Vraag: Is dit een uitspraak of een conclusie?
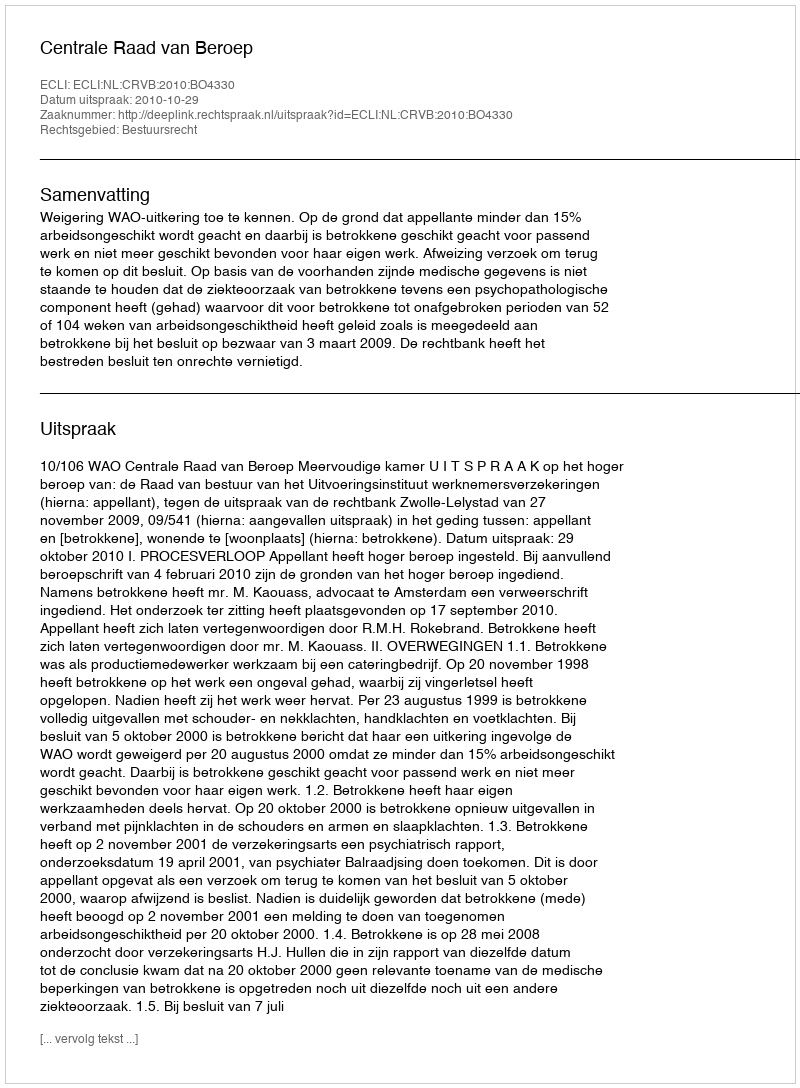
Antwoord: Uitspraak